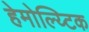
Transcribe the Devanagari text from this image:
हेमोल्य्टिक